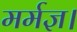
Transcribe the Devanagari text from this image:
मर्मज्ञ।